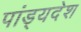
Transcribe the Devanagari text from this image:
पांड्यदेश